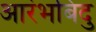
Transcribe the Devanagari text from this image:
आरंभबिंदु